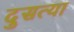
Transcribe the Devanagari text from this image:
दुसत्‍या